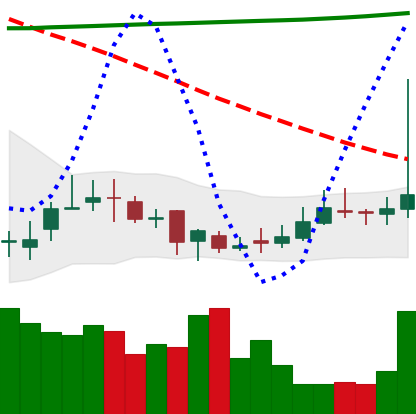
Ticker: DOGE-USD
Chart end date: 2020-10-26
Forward return: -3.845%
Label: down_3_5